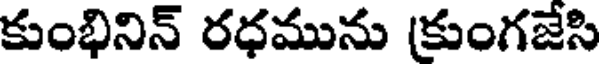
కుంభినిన్ రధమును (కుంగజేసి